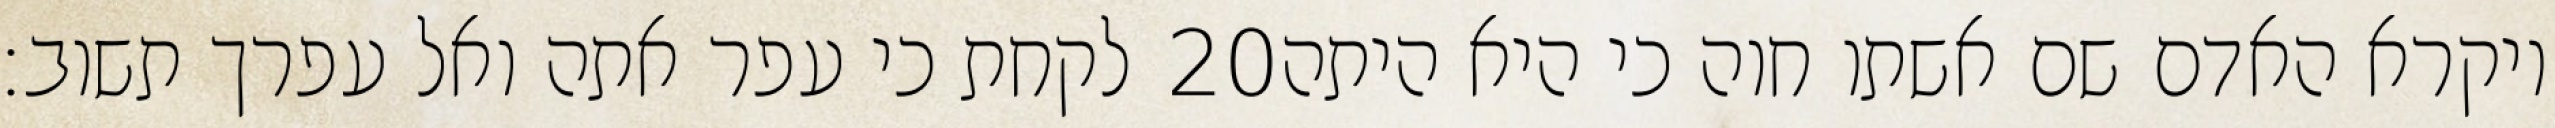
לקחת כי עפר אתה ואל עפרך תשוב׃ ‎20‏ ויקרא האדם שם אשתו חוה כי היא היתה